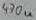
Text: 470u